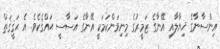
އިންސާނާގެ ޚިޔާލާއި އޭނާގެ ޒަމީރުގެ މިނިވަންކަމަކީ އޭނާގެ އަސާސީ ޙައްޤެކެވެ. އެ ޙަޤީޤަތް